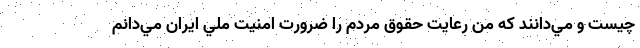
چيست و مي‌دانند كه من رعايت حقوق مردم را ضرورت امنيت ملي ايران مي‌دانم